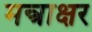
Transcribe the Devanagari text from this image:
मन्त्राक्षर